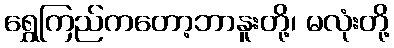
ရွှေကြည်ကတော့ဘာနူးတို့၊ မလုံးတို့